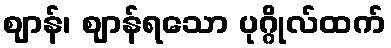
ဈာန်၊ ဈာန်ရသော ပုဂ္ဂိုလ်ထက်